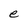
Character: e